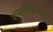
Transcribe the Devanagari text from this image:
कन्याविक्रयबंदी